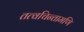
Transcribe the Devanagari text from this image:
तत्वचिन्तामणि